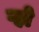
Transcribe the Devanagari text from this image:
ऱ्हो